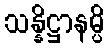
သန္နိဋ္ဌာနမ္ပိ